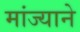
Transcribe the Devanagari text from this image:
मांज्याने